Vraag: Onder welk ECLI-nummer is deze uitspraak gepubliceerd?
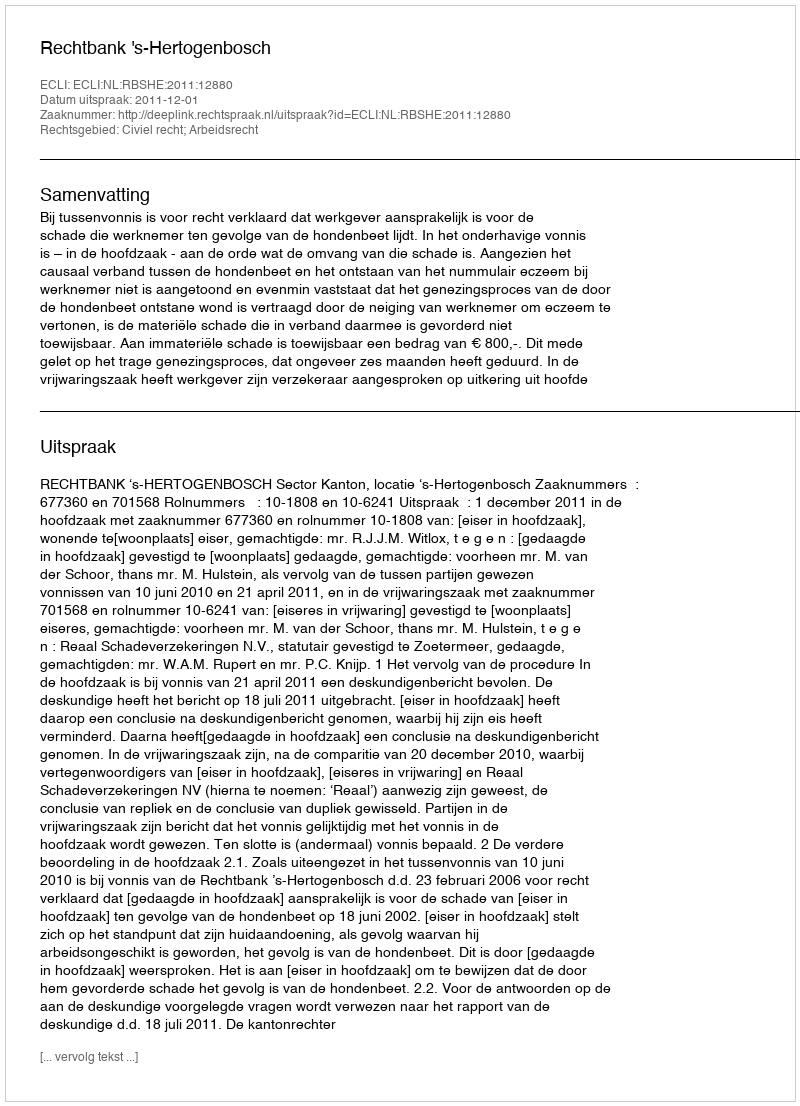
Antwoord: ECLI:NL:RBSHE:2011:12880